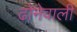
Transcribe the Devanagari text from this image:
ढोनेवाली